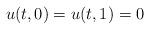
LaTeX: \begin{align*}u(t,0)=u(t,1)=0 \end{align*}